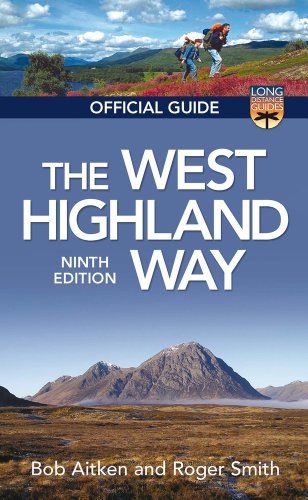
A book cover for The West Highland Way: Official Guide (Long Distance Guides); Bob Aitken; Travel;